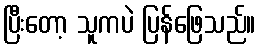
ပြီးတော့ သူကပဲ ပြန်ဖြေသည်။